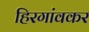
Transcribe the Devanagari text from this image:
हिरगांवकर